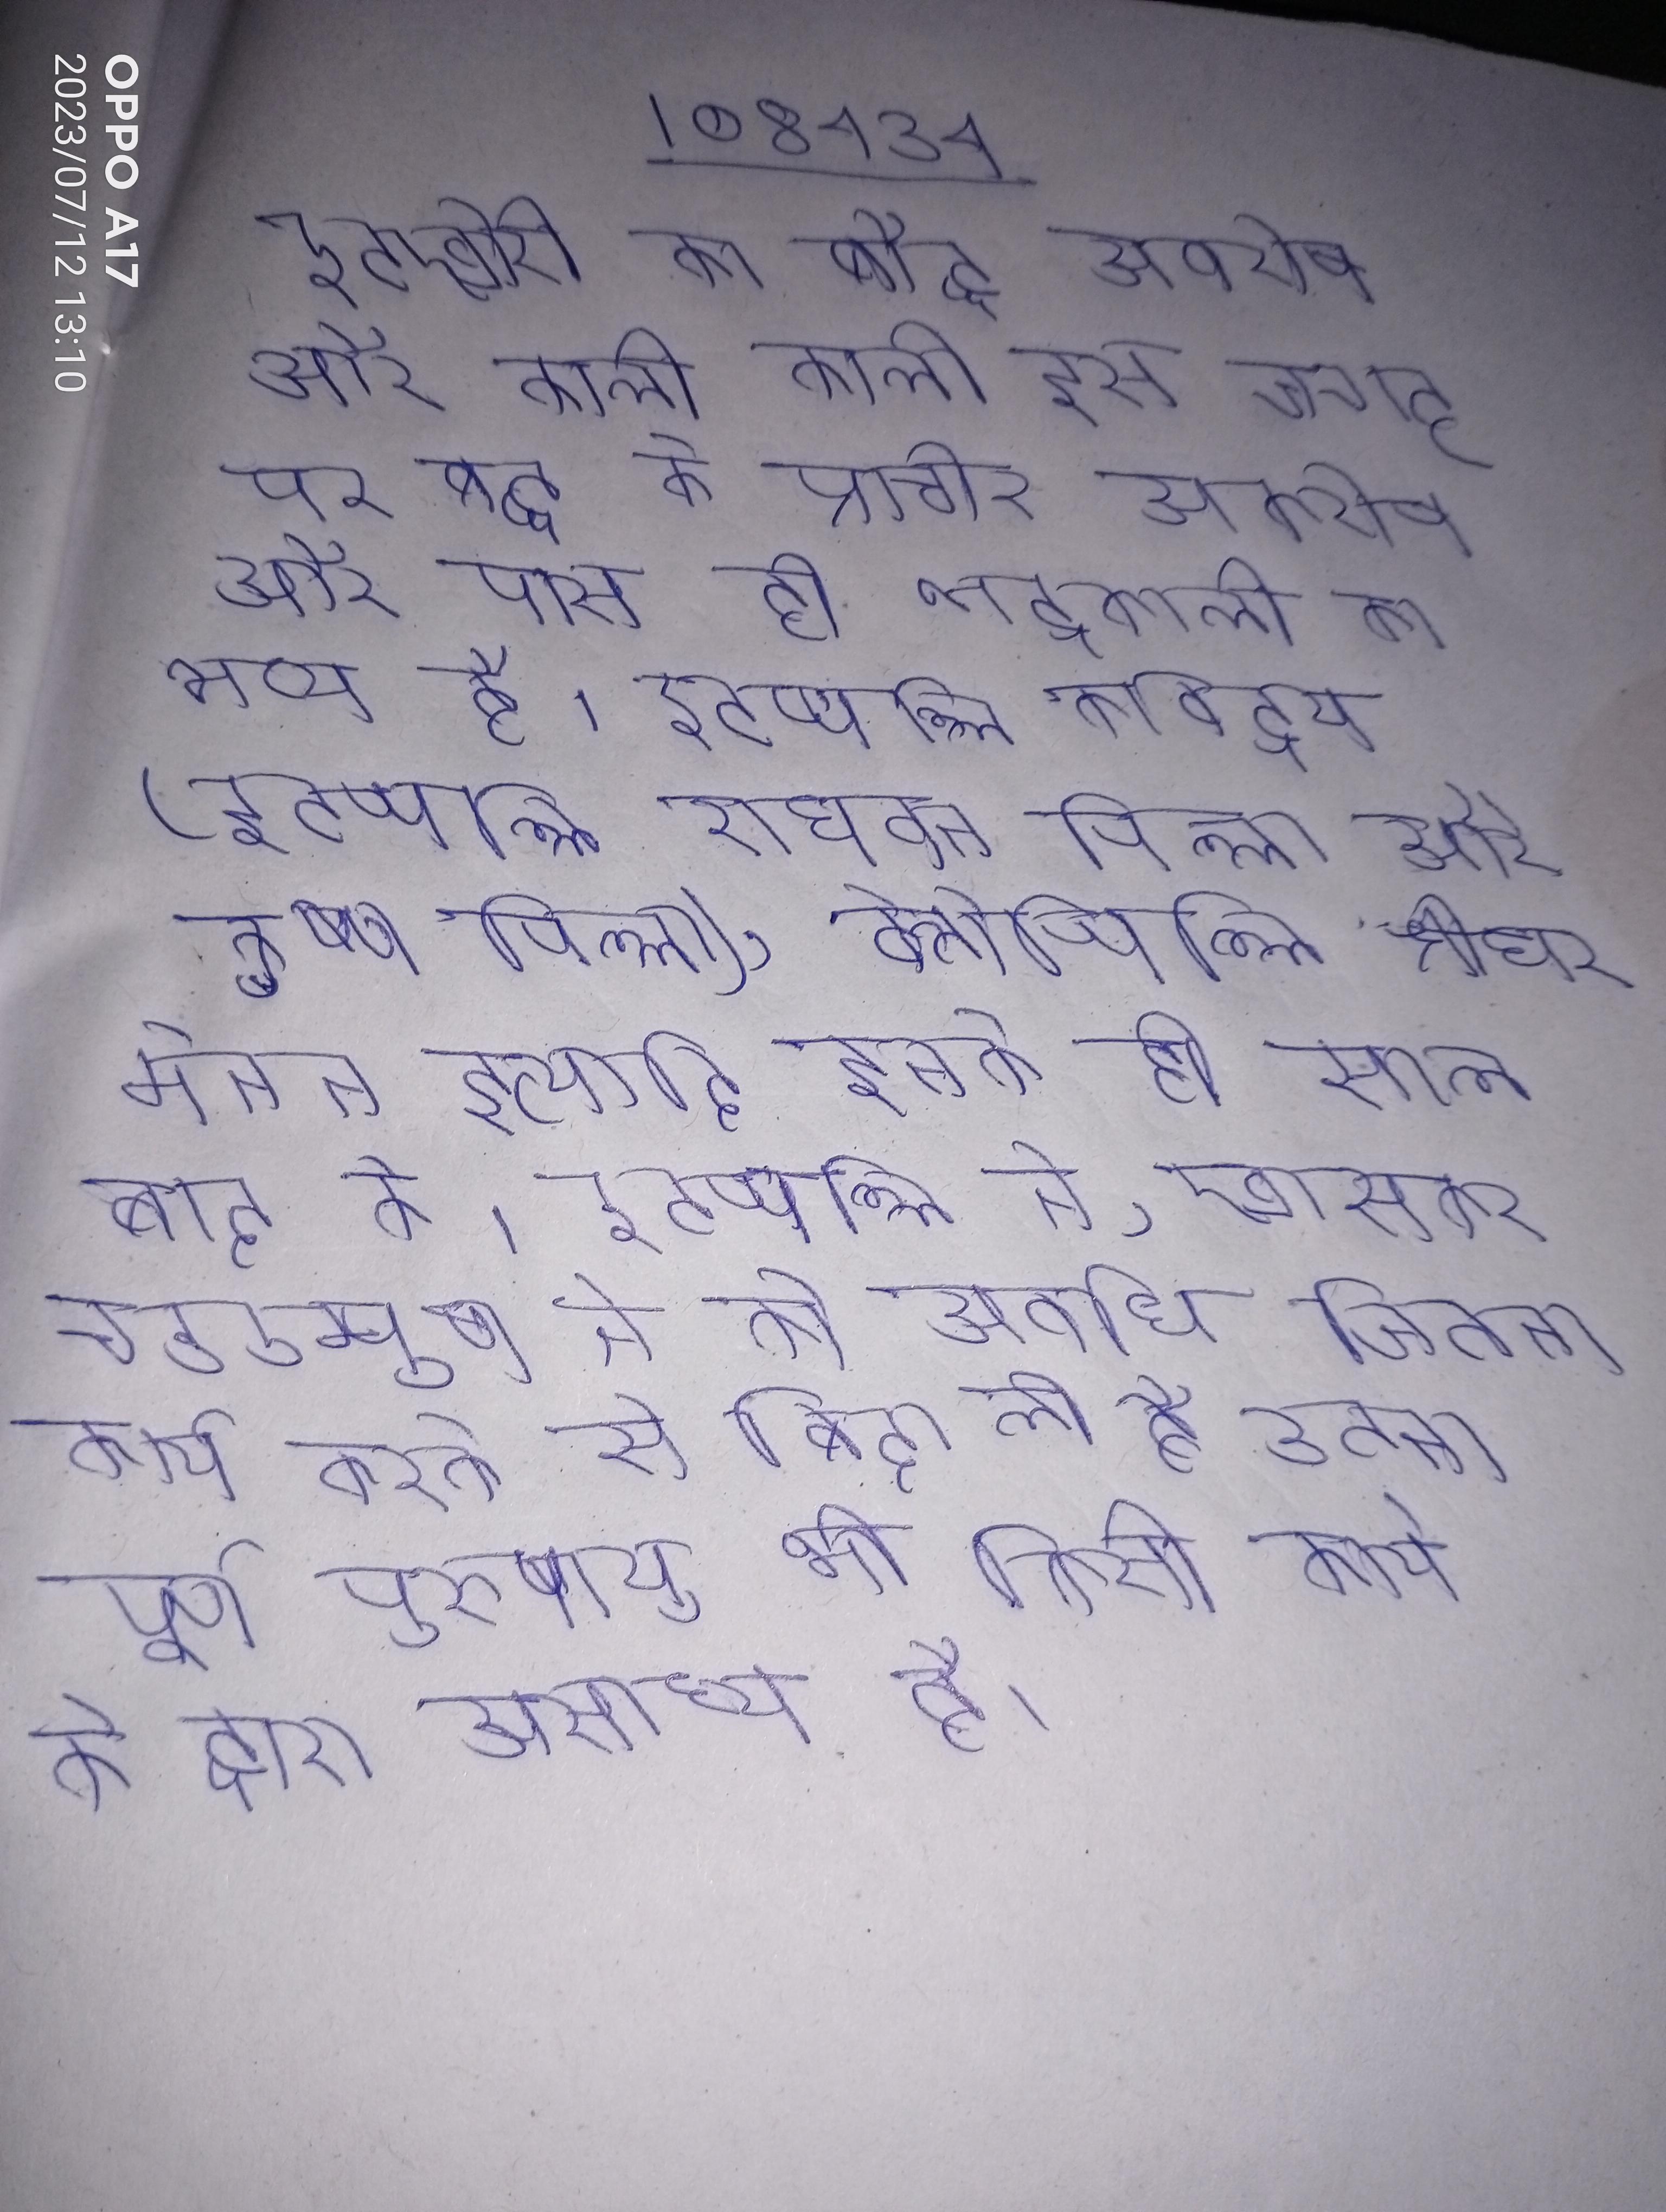
इटखोरी का बौद्ध अवशेष और काली काली इस जगह पर बुद्ध के प्राचीन अवशेष और पास ही भद्रकाली का भव्य है । इटप्पल्लि कविद्वय (इटप्पल्लि राघवन पिल्ला और कृष्ण पिल्ला), वैलोप्पिल्लि श्रीधर मेनन इत्यादि इनके ही साल बाद के । इटप्पल्लि ने, खासकर चङङम्पुषा ने की अवधि जितना कार्य करके से बिदा ली है उतना पूर्ण पुरुषायु भी किसी कार्य के द्वारा असाध्य है ।